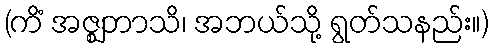
(ကိံ အဇ္ဈဘာသိ၊ အဘယ်သို့ ရွတ်သနည်း။)